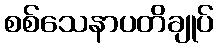
စစ်သေနာပတိချုပ်